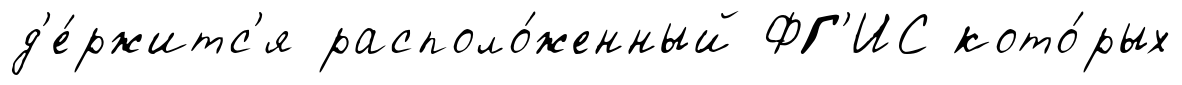
д'е́ржитс'я располо́женный ФГ'ИС кото́рых